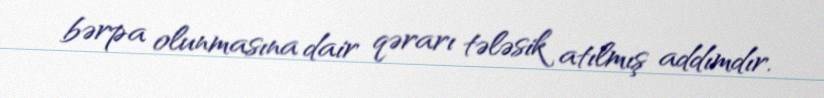
bərpa olunmasına dair qərarı tələsik atılmış addımdır.